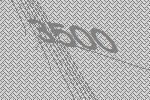
3500